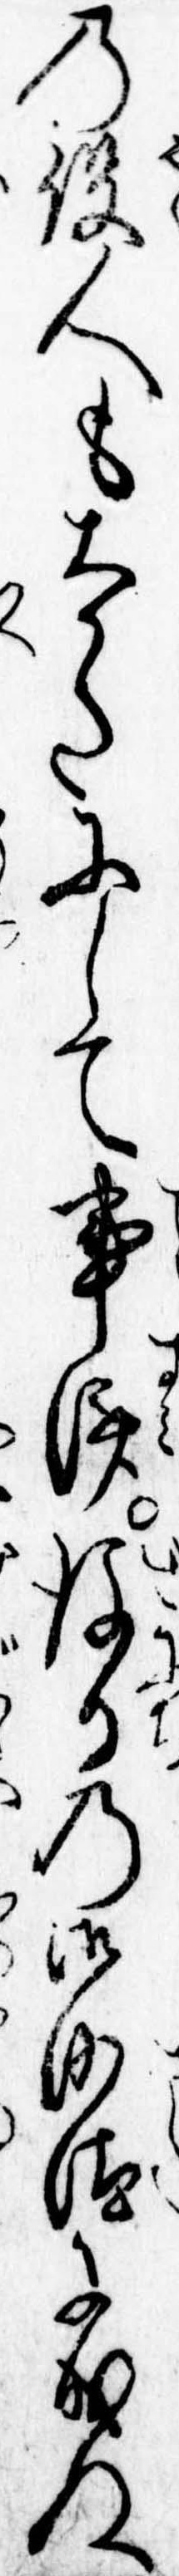
の役人も大かたにして事済後日の御沙汰に成ぬ